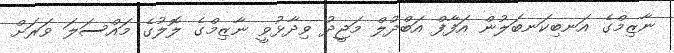
ނާޒިމްގެ އަނބިކަނބަލުން އަފާފް އަބްދުލް މަޖީދު ވިދާޅުވީ ނާޒިމްގެ ލޮލުގެ މައްސަލަ ވަރަށް